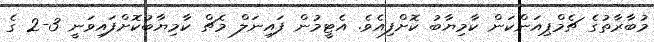
މުބާރާތުގެ ޗެމްޕިއަންކަން ކާމިޔާބު ކޮށްފިއެވެ. އެޓީމުން ފައިނަލް މެޗް ކާމިޔާބުކޮށްފައިވަނީ 3-2 ގެ